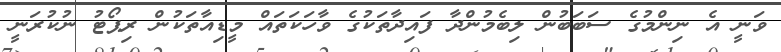
ވަނީ އެ ނިންމުގެ ސަބަބުން ލިބެމުންދާ ފައިދާތަކުގެ ވާހަކަތައް މީޑިއާތަކުން ރިޕޯޓު ނުކުރަނީ